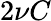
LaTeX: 2\nu C